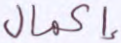
إكمال